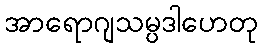
အာရောဂျသမ္ပဒါဟေတု